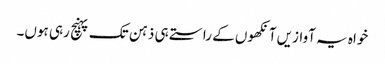
خواہ یہ آوازیں آنکھوں کے راستے ہی ذہن تک پہنچ رہی ہوں۔